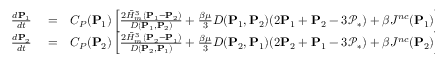
\begin{array} { r l r } { \frac { d \mathbf { P } _ { 1 } } { d t } } & { { } = } & { C _ { P } ( \mathbf { P } _ { 1 } ) \left[ \frac { 2 \bar { H } _ { m } ^ { 3 } ( \mathbf { P } _ { 1 } - \mathbf { P } _ { 2 } ) } { D ( \mathbf { P } _ { 1 } , \mathbf { P } _ { 2 } ) } + { \frac { \beta \mu } { 3 } } D ( \mathbf { P } _ { 1 } , \mathbf { P } _ { 2 } ) ( 2 \mathbf { P } _ { 1 } + \mathbf { P } _ { 2 } - 3 \mathcal { P } _ { * } ) + \beta J ^ { n c } ( \mathbf { P } _ { 1 } ) \right] , } \\ { \frac { d \mathbf { P } _ { 2 } } { d t } } & { { } = } & { C _ { P } ( \mathbf { P } _ { 2 } ) \left[ \frac { 2 \bar { H } _ { m } ^ { 3 } ( \mathbf { P } _ { 2 } - \mathbf { P } _ { 1 } ) } { D ( \mathbf { P } _ { 2 } , \mathbf { P } _ { 1 } ) } + { \frac { \beta \mu } { 3 } } D ( \mathbf { P } _ { 2 } , \mathbf { P } _ { 1 } ) ( 2 \mathbf { P } _ { 2 } + \mathbf { P } _ { 1 } - 3 \mathcal { P } _ { * } ) + \beta J ^ { n c } ( \mathbf { P } _ { 2 } ) \right] , } \end{array}